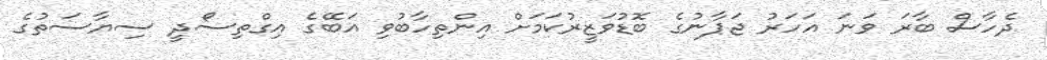
ދެހާސް ބާރަ ވަނަ އަހަރު ޖަޕާނުގެ ބޮޑުވަޒީރުކަމަށް އިންތިހާބުވި އަބޭގެ އިގްތިސޯދީ ސިޔާސަތުގެ